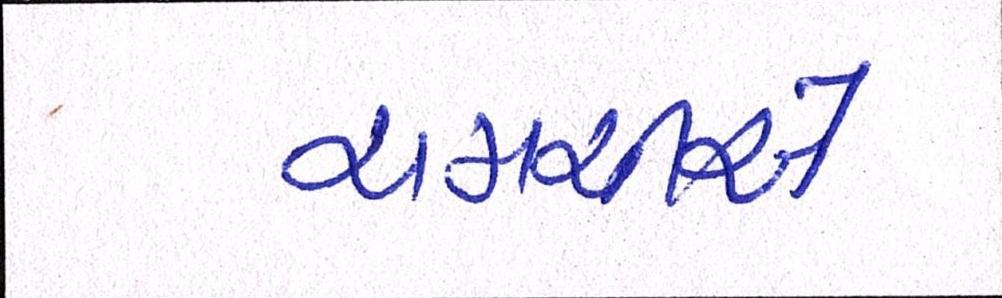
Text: ચમચીઓ